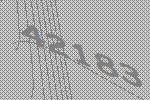
42183